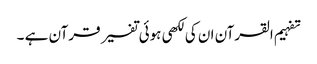
تفہیم القرآن ان کی لکھی ہوئی تفسیر قرآن ہے ۔